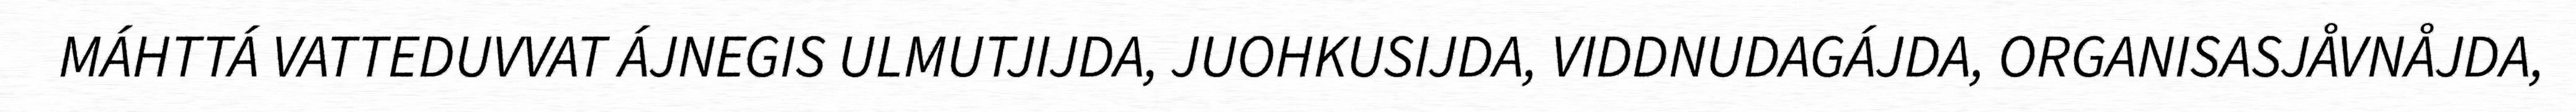
MÁHTTÁ VATTEDUVVAT ÁJNEGIS ULMUTJIJDA, JUOHKUSIJDA, VIDDNUDAGÁJDA, ORGANISASJÅVNÅJDA,